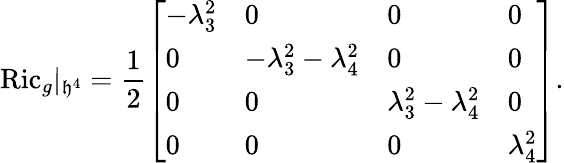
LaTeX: \mathrm{Ric}_{g}\vert_{\mathfrak{h}^{4}}=\frac{1}{2}\left[\begin{array}{llll}{-\lambda_{3}^{2}}&{0}&{0}&{0}\\ {0}&{-\lambda_{3}^{2}-\lambda_{4}^{2}}&{0}&{0}\\ {0}&{0}&{\lambda_{3}^{2}-\lambda_{4}^{2}}&{0}\\ {0}&{0}&{0}&{\lambda_{4}^{2}}\end{array}\right].